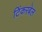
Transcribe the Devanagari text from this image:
टिंकरबेल